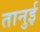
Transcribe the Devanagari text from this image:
तानुई